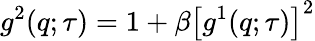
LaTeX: g^{2}(q;\tau)=1+\beta\left[g^{1}(q;\tau)\right]^{2}